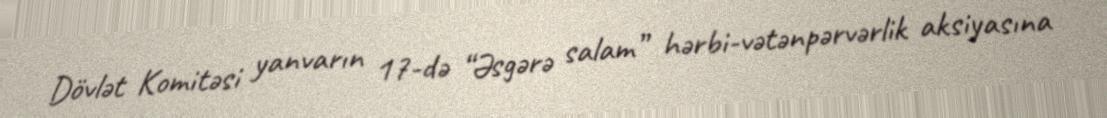
Dövlət Komitəsi yanvarın 17-də “Əsgərə salam” hərbi-vətənpərvərlik aksiyasına